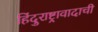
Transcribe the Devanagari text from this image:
हिंदुराष्ट्रावादाची